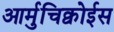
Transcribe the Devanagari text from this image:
आर्मुचिक्वोईस